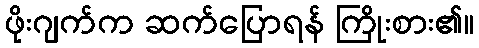
ဖိုးဂျက်က ဆက်ပြောရန် ကြိုးစား၏။